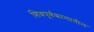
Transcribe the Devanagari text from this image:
शिवपूर्वकालातील